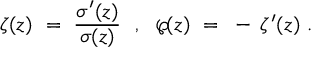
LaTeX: \zeta ( z ) ~ = ~ { \frac { \sigma ^ { \prime } ( z ) } { \sigma ( z ) } } ~ ~ , ~ ~ \wp \! ( z ) ~ = ~ - \, \zeta ^ { \prime } ( z ) ~ .